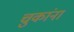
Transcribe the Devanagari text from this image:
चुकांना